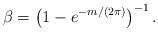
LaTeX: \begin{align*} \beta = \left( 1 - e^{-m / (2\pi)} \right)^{-1} . \end{align*}